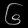
Digit: ၆